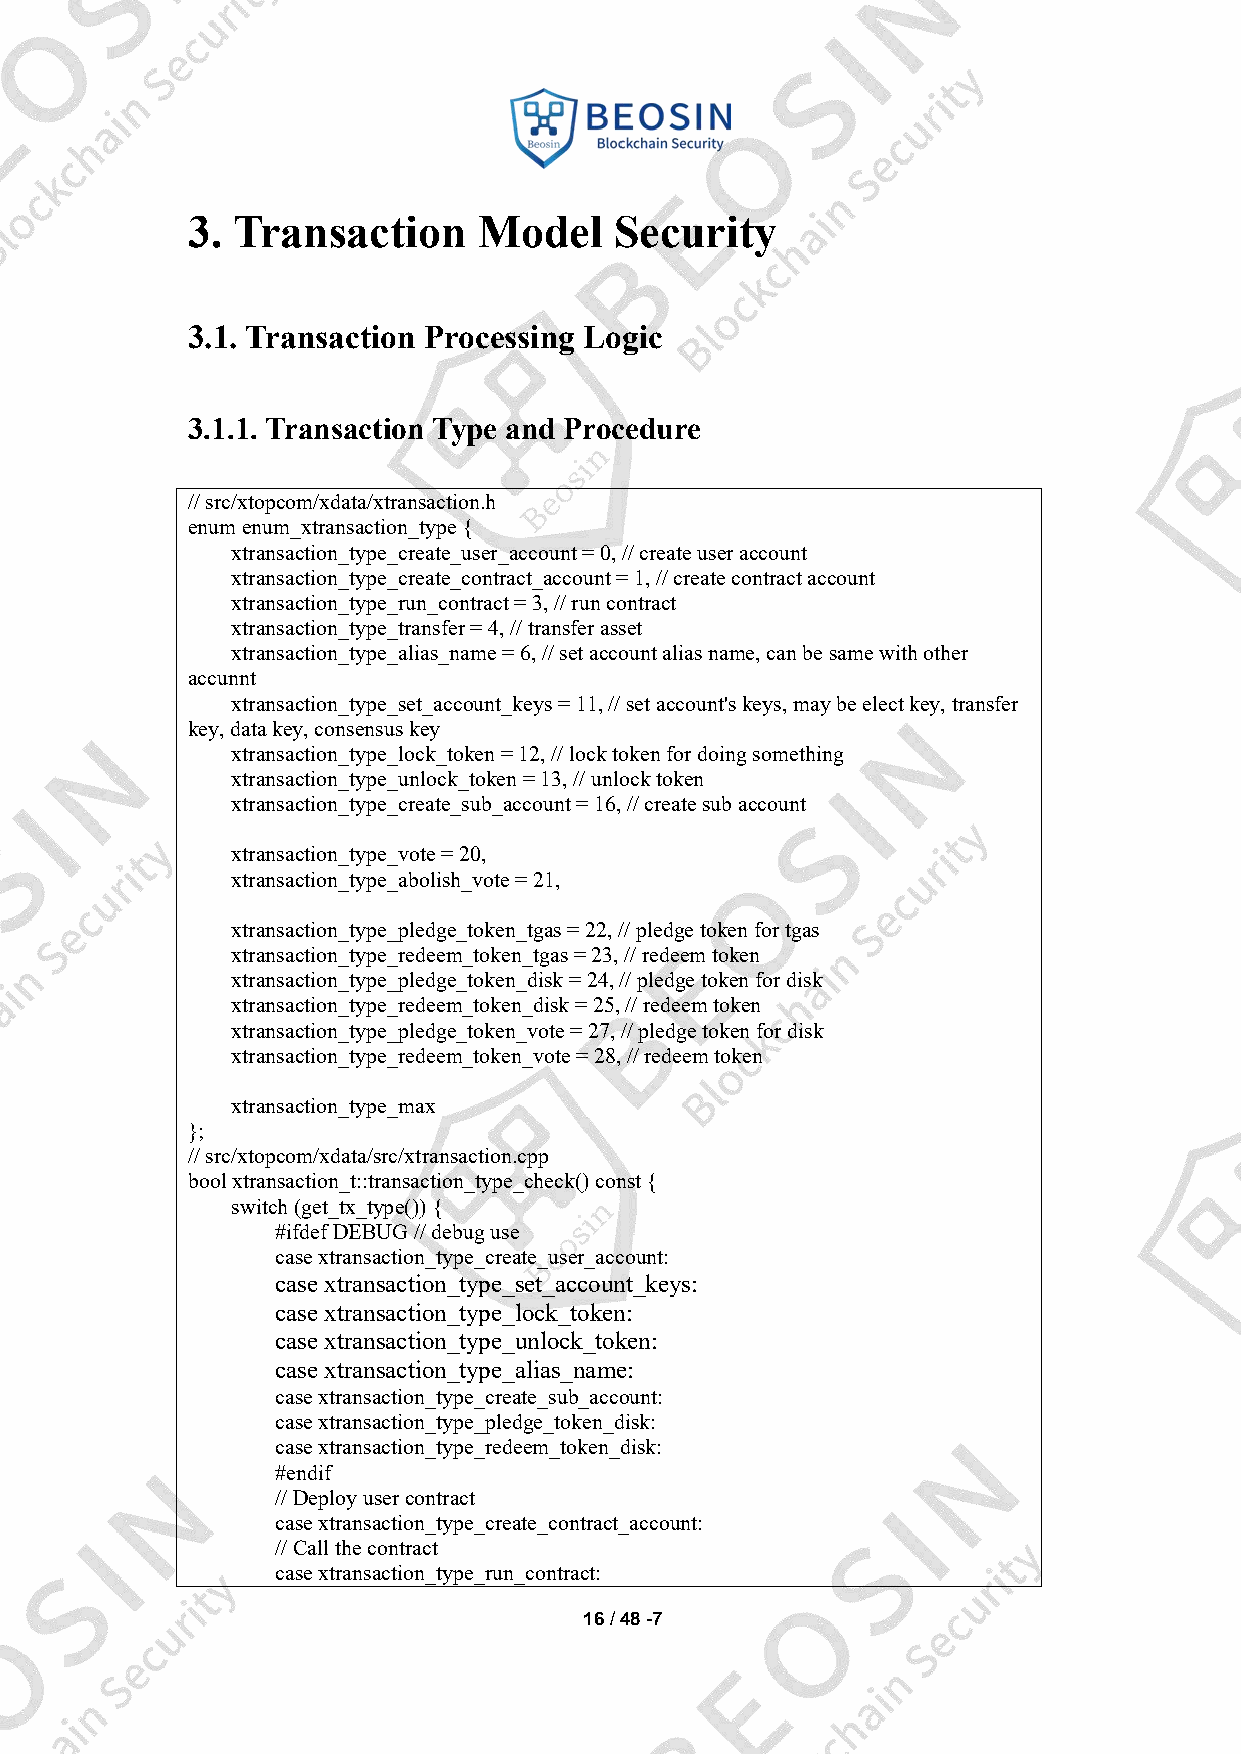
3. Transaction      Model    Security
 3.1. Transaction Processing Logic
 3.1.1. Transaction Type and Procedure
 //src/xtopcom/xdata/xtransaction.h
 enumenum_xtransaction_type{
 xtransaction_type_create_user_account=0,//createuseraccount
 xtransaction_type_create_contract_account=1,//createcontractaccount
 xtransaction_type_run_contract=3,//runcontract
 xtransaction_type_transfer=4,//transferasset
 xtransaction_type_alias_name=6,//setaccountaliasname,canbesamewithother
 accunnt
 xtransaction_type_set_account_keys=11,//setaccount'skeys,maybeelectkey,transfer
 key,datakey,consensuskey
 xtransaction_type_lock_token=12,//locktokenfordoingsomething
 xtransaction_type_unlock_token=13,//unlocktoken
 xtransaction_type_create_sub_account=16,//createsubaccount
 xtransaction_type_vote=20,
 xtransaction_type_abolish_vote=21,
 xtransaction_type_pledge_token_tgas=22,//pledgetokenfortgas
 xtransaction_type_redeem_token_tgas=23,//redeemtoken
 xtransaction_type_pledge_token_disk=24,//pledgetokenfordisk
 xtransaction_type_redeem_token_disk=25,//redeemtoken
 xtransaction_type_pledge_token_vote=27,//pledgetokenfordisk
 xtransaction_type_redeem_token_vote=28,//redeemtoken
 xtransaction_type_max
 };
 //src/xtopcom/xdata/src/xtransaction.cpp
 boolxtransaction_t::transaction_type_check()const{
 switch(get_tx_type()){
 #ifdefDEBUG//debuguse
 casextransaction_type_create_user_account:
 case xtransaction_type_set_account_keys:
 case xtransaction_type_lock_token:
 case xtransaction_type_unlock_token:
 case xtransaction_type_alias_name:
 casextransaction_type_create_sub_account:
 casextransaction_type_pledge_token_disk:
 casextransaction_type_redeem_token_disk:
 #endif
 //Deployusercontract
 casextransaction_type_create_contract_account:
 //Callthecontract
 casextransaction_type_run_contract:
 16/48-7